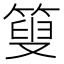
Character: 𥰞